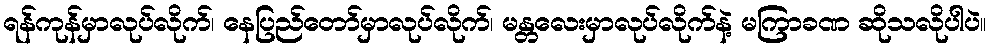
ရန်ကုန်မှာလုပ်လိုက်၊ နေပြည်တော်မှာလုပ်လိုက်၊ မန္တလေးမှာလုပ်လိုက်နဲ့ မကြာခဏ ဆိုသလိုပါပဲ။